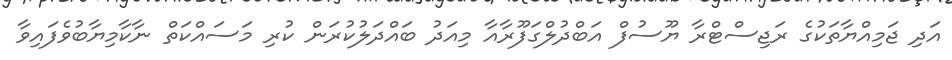
އަދި ޖަމިއްޔާތަކުގެ ރަޖިސްޓްރާ ޔޫސުފް އަބްދުލްގަފޫރާއާ މިއަދު ބައްދަލުކުރަން ކުރި މަސައްކަތް ނާކާމިޔާބުވެފައިވާ